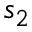
s _ { 2 }